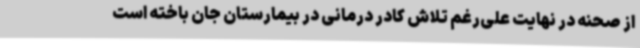
از صحنه در نهایت علی‌رغم تلاش کادر درمانی در بیمارستان جان باخته است